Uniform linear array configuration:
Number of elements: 12
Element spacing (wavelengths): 0.5
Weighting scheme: cosine
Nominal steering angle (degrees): -60
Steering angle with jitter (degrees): -60.333
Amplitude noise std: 0.05
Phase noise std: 0.05

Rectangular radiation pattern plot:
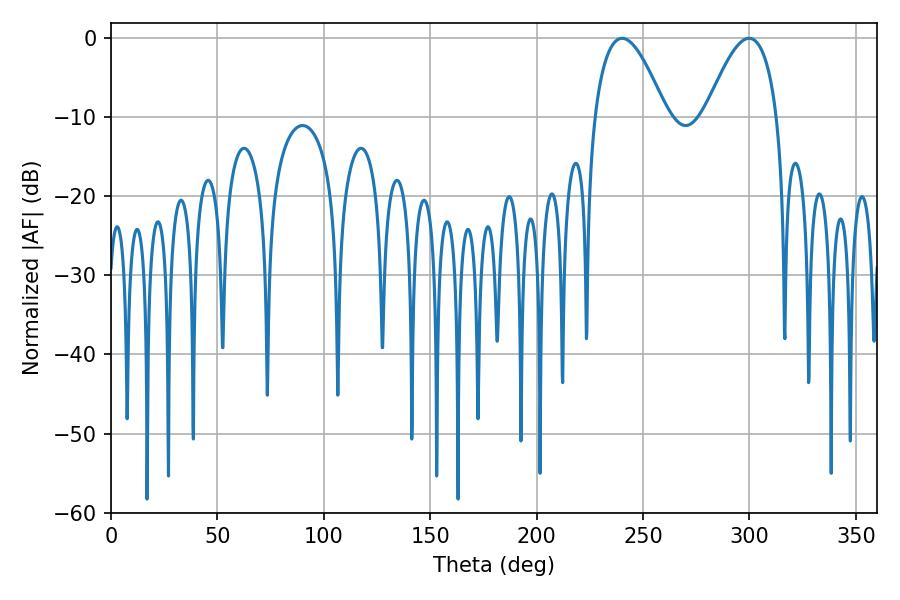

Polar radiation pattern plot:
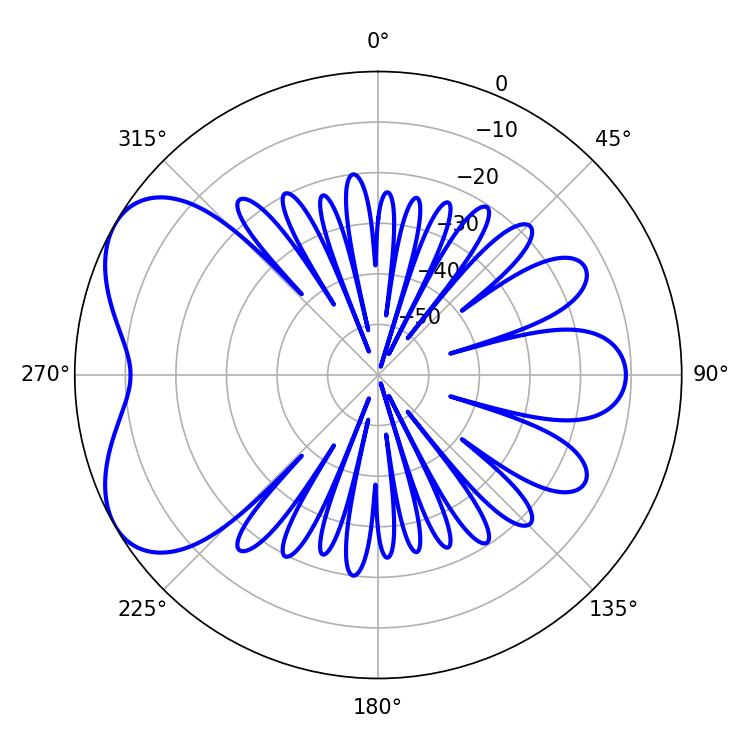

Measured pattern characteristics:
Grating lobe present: FALSE
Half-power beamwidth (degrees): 18.54
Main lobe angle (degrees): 240.12